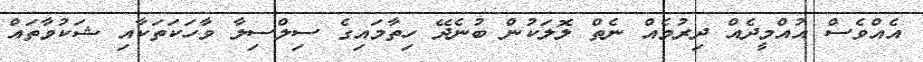
އެއްވެސް އުއްމީދެއް ދިރުމެއް ނެތް ލޮލަކުން ބުނެދޭ ހިތާމައިގެ ސިލްސިލާ ވާހަކަތަކާއި ޝަކުވާތައް